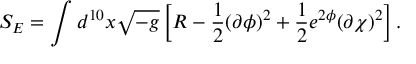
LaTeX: S _ { E } = \int d ^ { 1 0 } x \sqrt { - g } \left[ R - \frac { 1 } { 2 } ( \partial \phi ) ^ { 2 } + \frac { 1 } { 2 } e ^ { 2 \phi } ( \partial \chi ) ^ { 2 } \right] .